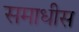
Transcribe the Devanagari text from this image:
समाधीस